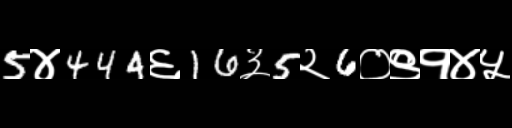
Text: 5४444६16३5२6०९१४५